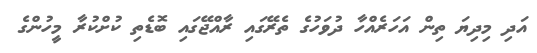
އަދި މިދިޔަ ތިން އަހަރެއްހާ ދުވަހުގެ ތެރޭގައި ރާއްޖޭގައި ބޮޑެތި ކުށްކުރާ މީހުންގެ